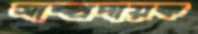
সাম্প্রদায়ক